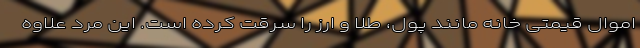
اموال قیمتی خانه مانند پول، طلا و ارز را سرقت کرده است. این مرد علاوه